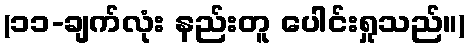
(၁၁-ချက်လုံး နည်းတူ ပေါင်းရှုသည်။)